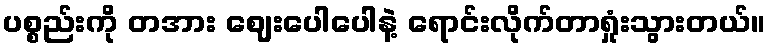
ပစ္စည်းကို တအား ဈေးပေါပေါနဲ့ ရောင်းလိုက်တာရှုံးသွားတယ်။